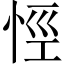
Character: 𢙼